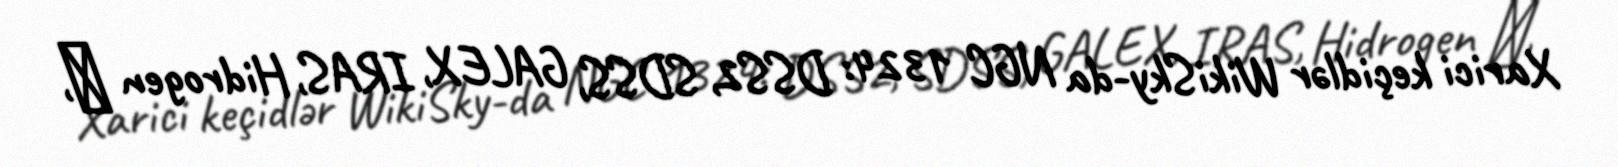
Xarici keçidlər WikiSky-da NGC 1324: DSS2, SDSS, GALEX, IRAS, Hidrogen α,